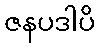
ဇနပဒါပိ